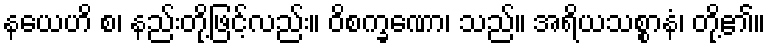
နယေဟိ စ၊ နည်းတို့ဖြင့်လည်း။ ဝိစက္ခဏော၊ သည်။ အရိယသစ္စာနံ၊ တို့၏။